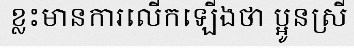
ខ្លះមានការលើកឡើងថា ប្អូនស្រី